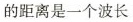
的距离是一个波长